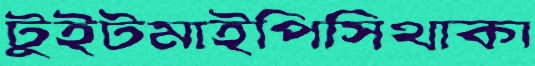
টুইটমাইপিসিথাকা